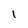
Character: I